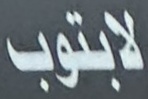
لابتوب